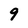
Character: 9